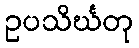
ဥပသိင်္ဃတု